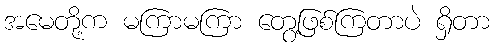
အမေတို့က မကြာမကြာ တွေ့ဖြစ်ကြတာပဲ ရှိတာ